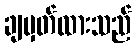
ချမှတ်ထားသည်